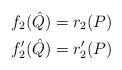
LaTeX: \begin{align*} f_2(\hat Q)&=r_2(P)\\ f'_2(\hat Q)&=r'_2(P)\end{align*}